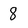
Character: 8